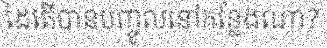
ដៃតើបានបញ្ចូលនៅកន្លែងណា?